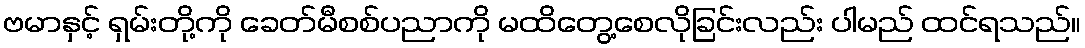
ဗမာနှင့် ရှမ်းတို့ကို ခေတ်မီစစ်ပညာကို မထိတွေ့စေလိုခြင်းလည်း ပါမည် ထင်ရသည်။